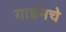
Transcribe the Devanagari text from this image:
गार्डनचे